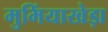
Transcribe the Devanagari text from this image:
मुमिंयाखेड़ा